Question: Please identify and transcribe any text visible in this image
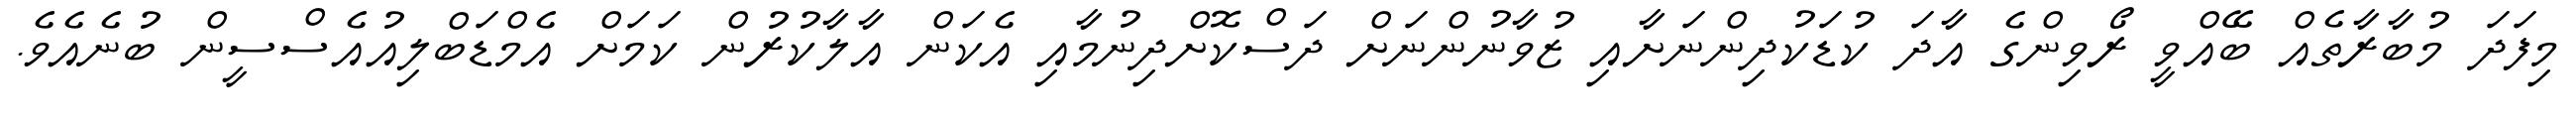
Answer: މިފަދަ މުބާރާތެއް ބޭއްވީ ރޯވިންގެ އާދަ ކުޑަކުދިންނަށާއި ޒުވާނުންނަށް ދަސްކޮށްދިނުމާއި އެކަން އާލާކުރުން ކަމަށް އެމްޑަބްލިއުއެސްސީން ބުނެއެވެ.